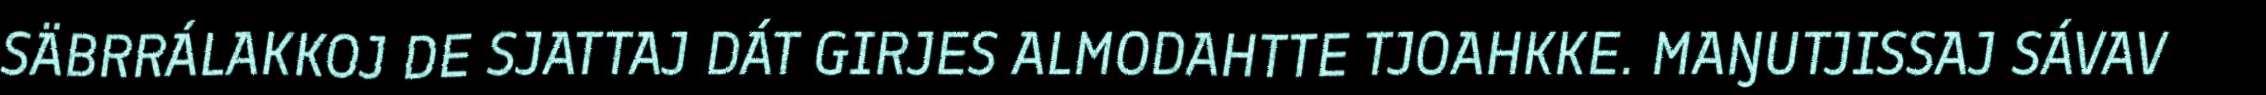
SÄBRRÁLAKKOJ DE SJATTAJ DÁT GIRJES ALMODAHTTE TJOAHKKE. MAŊUTJISSAJ SÁVAV